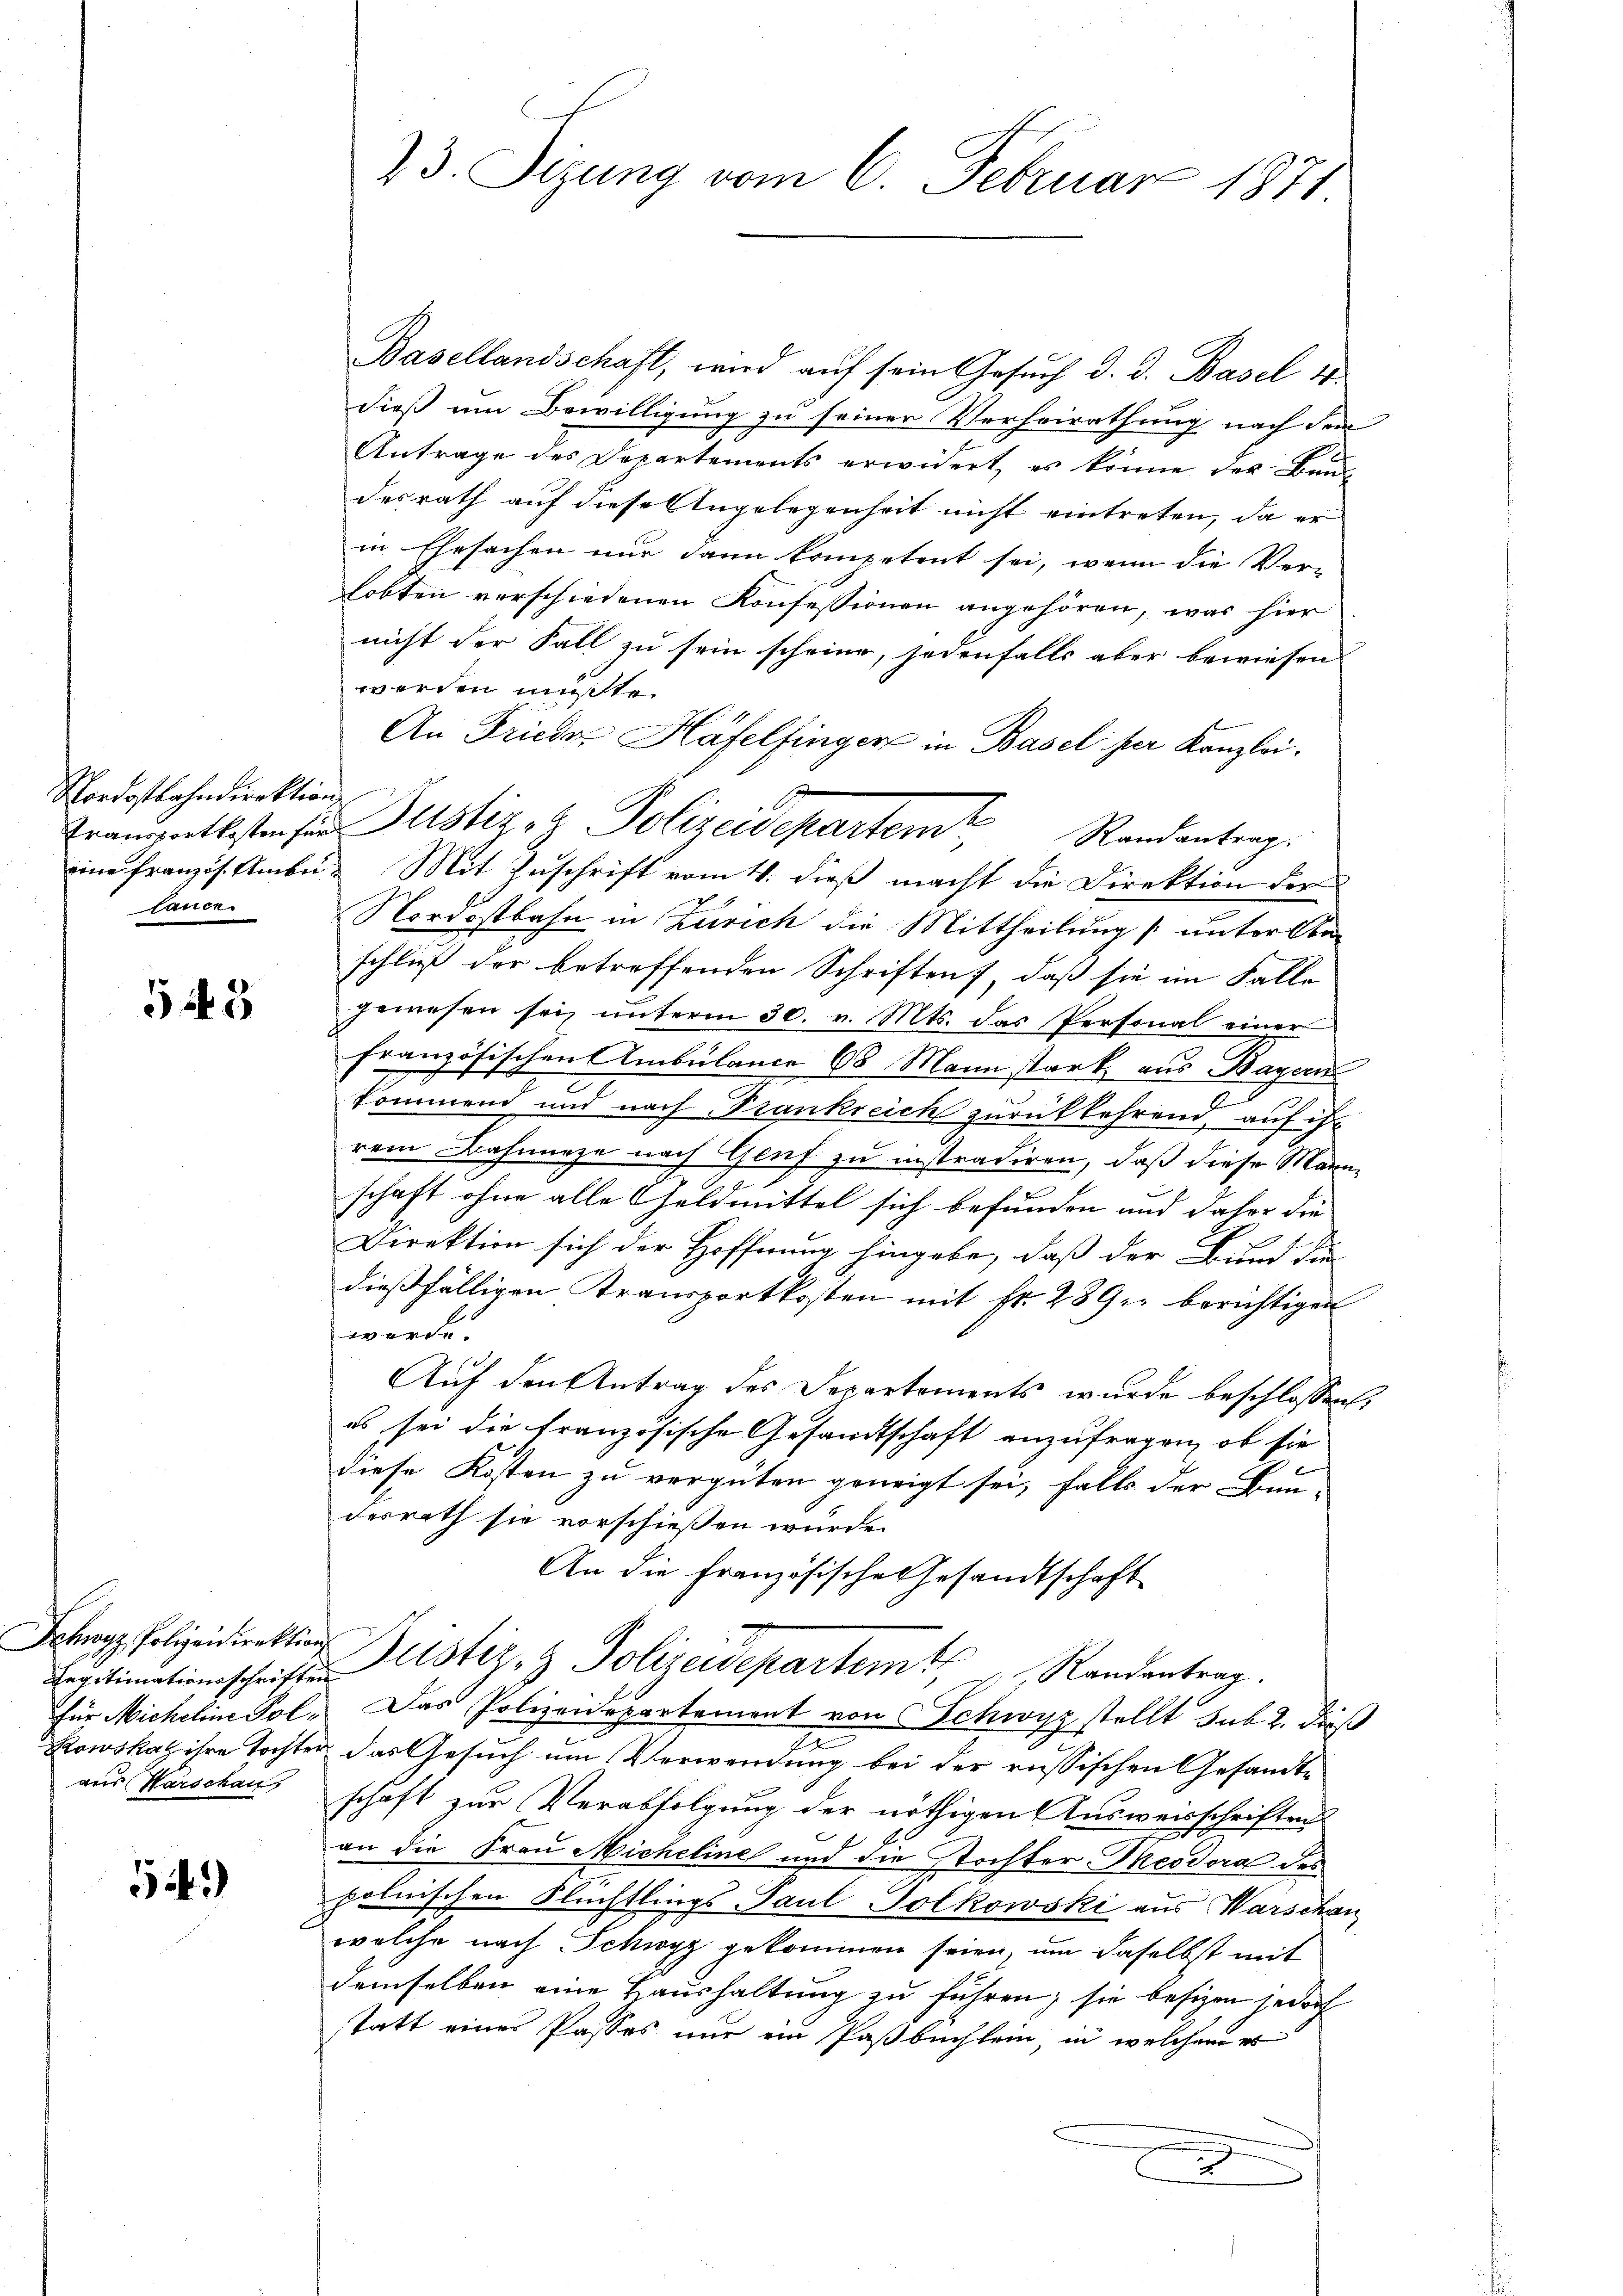
Nordostbahndirektion
sauce.

543

Legitimationsschriften
für Micheline Polaus Karschau

52.)

23. Sizung vom 6. Februar 1871

Basellandschaft, wird aŭf sein Gesŭch d. d. Basel 18
dieß um Bewilligung zu seiner Verheirathung nach dem
Antrage des Departements erwidert, es könne der Baudesrath auf diese Angelegenheit nicht eintreten, da er
in Ehrsachen nur dann kompetent sei, wenn die Ver-
lobten verschiedenen Konfessionen angehören, was hier
nicht der Fall zu sein scheine, jedenfalls aber bewiesen
werden müßte.
eine Französ. Umbe. Mit Zuschrift vom 4. dieß macht die Direktion der
Nordostbahn in Zürich die Mittheilung [unter Aka-
schluß der betreffenden Schriften, daß sie im Falle
gewesen sei unterm 30. v. Mts. das Personal einer
französischen Ambülance 68 Mann stark aus Bayer
3
kommend und nach Frankreich zurückkehrend, auf ihr
rem Bahnneze nach Genf zu instradiren, daß diese Marnschaft ohne alle Geldmittel sich befunden und daher die |
Direktion sich der Hoffnung hingabe, daß der Bund die
dießfälligen Kransportkosten mit fr. 289 berichtigen
werde.
Auf den Antrag des Departements wurde beschlossen:
es sei die französische Gesandtschaft anzufragen, ob sie
diese Kosten zu vergüten geneigt sei, falls der Bau-
desrath sie vorschießen wurde.
An die französische Gesandtschaft
Schanz Polizeidirektion Justiz- & Polizeidepartem Randantrag
Das Polizeidepartement von Schwyz stellt sub. 2. dieß
Kowskal ihre Tochter das Gesuch um Verwendung bei der russischen Gesandte
schaft zur Verabfolgung der nöthigen Ausweisschriften
an die Frau Micheline und die Stochter-Meodora des
polnischen Flüchtlings Paul Solkowski aus Warschan
welche nach Schwyz gekommen seien, um daselbst mit
demselben eine Haushaltung zu führen; sie besizen jedoch
statt eines Passes nur ein Paßbuchlein, in welchem es
x

An Frieder Häfelfinger in Basel ser Kanzlei.
Franzwertbesten für Justiz- & Polizeidepartem Randantrag.